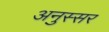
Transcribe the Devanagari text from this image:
अनुस्सर